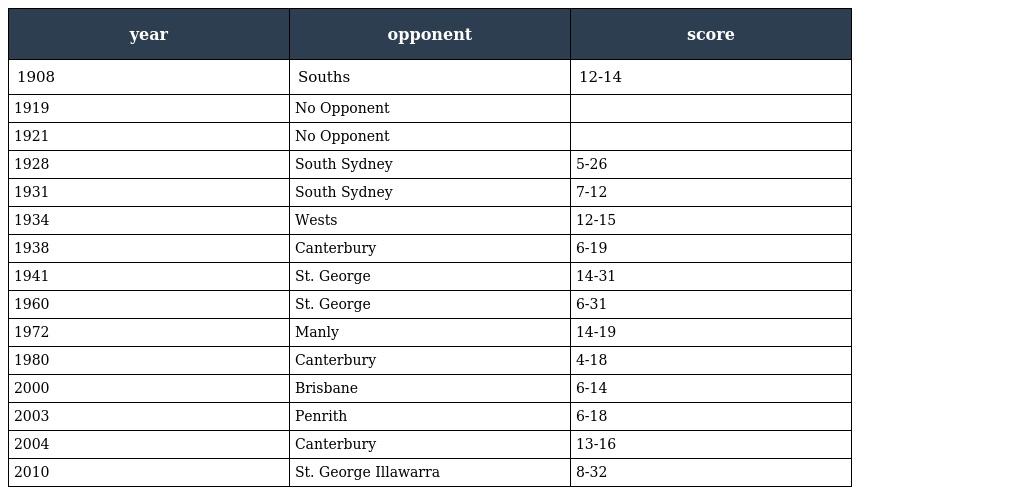
| year | opponent | score |
 | --- | --- | --- |
 | 1908 | Souths | 12-14 |
 | 1919 | No Opponent |  |
 | 1921 | No Opponent |  |
 | 1928 | South Sydney | 5-26 |
 | 1931 | South Sydney | 7-12 |
 | 1934 | Wests | 12-15 |
 | 1938 | Canterbury | 6-19 |
 | 1941 | St. George | 14-31 |
 | 1960 | St. George | 6-31 |
 | 1972 | Manly | 14-19 |
 | 1980 | Canterbury | 4-18 |
 | 2000 | Brisbane | 6-14 |
 | 2003 | Penrith | 6-18 |
 | 2004 | Canterbury | 13-16 |
 | 2010 | St. George Illawarra | 8-32 |